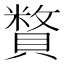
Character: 𧷍